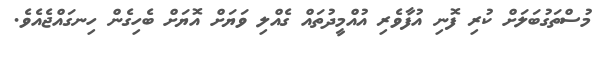
މުސްތަގުބަލަށް ކުރި ފޮނި އުފާވެރި އުއްމީދުތައް ގެއްލި ވަޔަށް އޮޔަށް ބެހިގެން ހިނގައްޖެއެވެ.